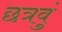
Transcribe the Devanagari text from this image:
छत्रवुं